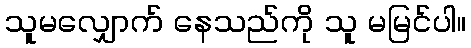
သူမလျှောက် နေသည်ကို သူ မမြင်ပါ။